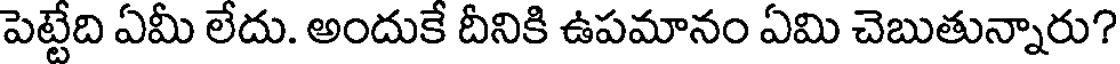
పెట్టేది ఏమీ లేదు. అందుకే దీనికి ఉపమానం ఏమి చెబుతున్నారు?